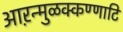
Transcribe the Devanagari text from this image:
आऱन्मुळक्कण्णाटि